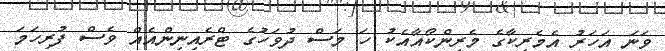
ވަނަ އަހަރު އެމެރިކާގެ މެރިންކޯއާއެކު ހަ މަސް ދުވަހުގެ ޓްރެއިނިންއެއް ވެސް ފުރިހަމަ